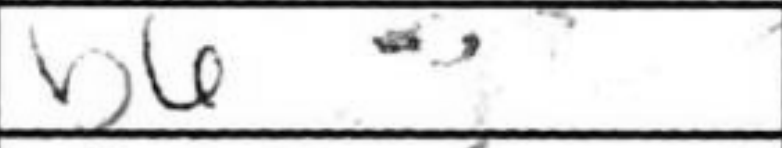
Transcription: b6